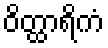
ဝိတ္ထာရိကံ